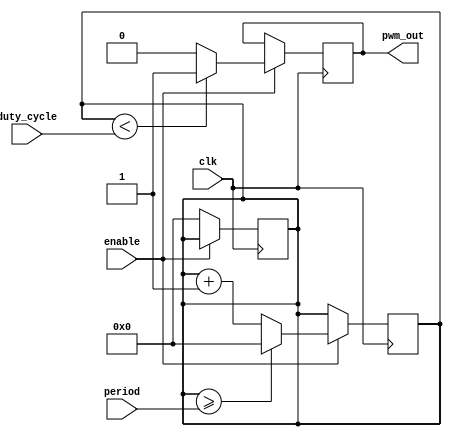
module pwm_timer (
    input clk,
    input enable,
    input [15:0] period,
    input [15:0] duty_cycle,
    output reg pwm_out
);

reg [15:0] counter;
reg pwm_enable_sync;

always @(posedge clk) begin
    if (enable) begin
        counter <= counter + 1;
        
        if (counter >= period) begin
            counter <= 0;
        end
        
        if (counter < duty_cycle) begin
            pwm_out <= 1;
        end else begin
            pwm_out <= 0;
        end
    end
end

always @(posedge clk) begin
    if (enable) begin
        pwm_enable_sync <= 1;
    end else begin
        pwm_enable_sync <= 0;
        counter <= 0;
    end
end

endmodule